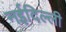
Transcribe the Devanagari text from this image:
नईदिल्ली